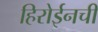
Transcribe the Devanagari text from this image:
हिरोईनची